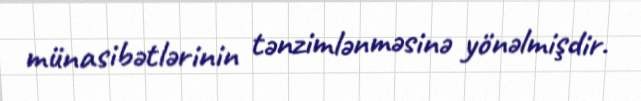
münasibətlərinin tənzimlənməsinə yönəlmişdir.